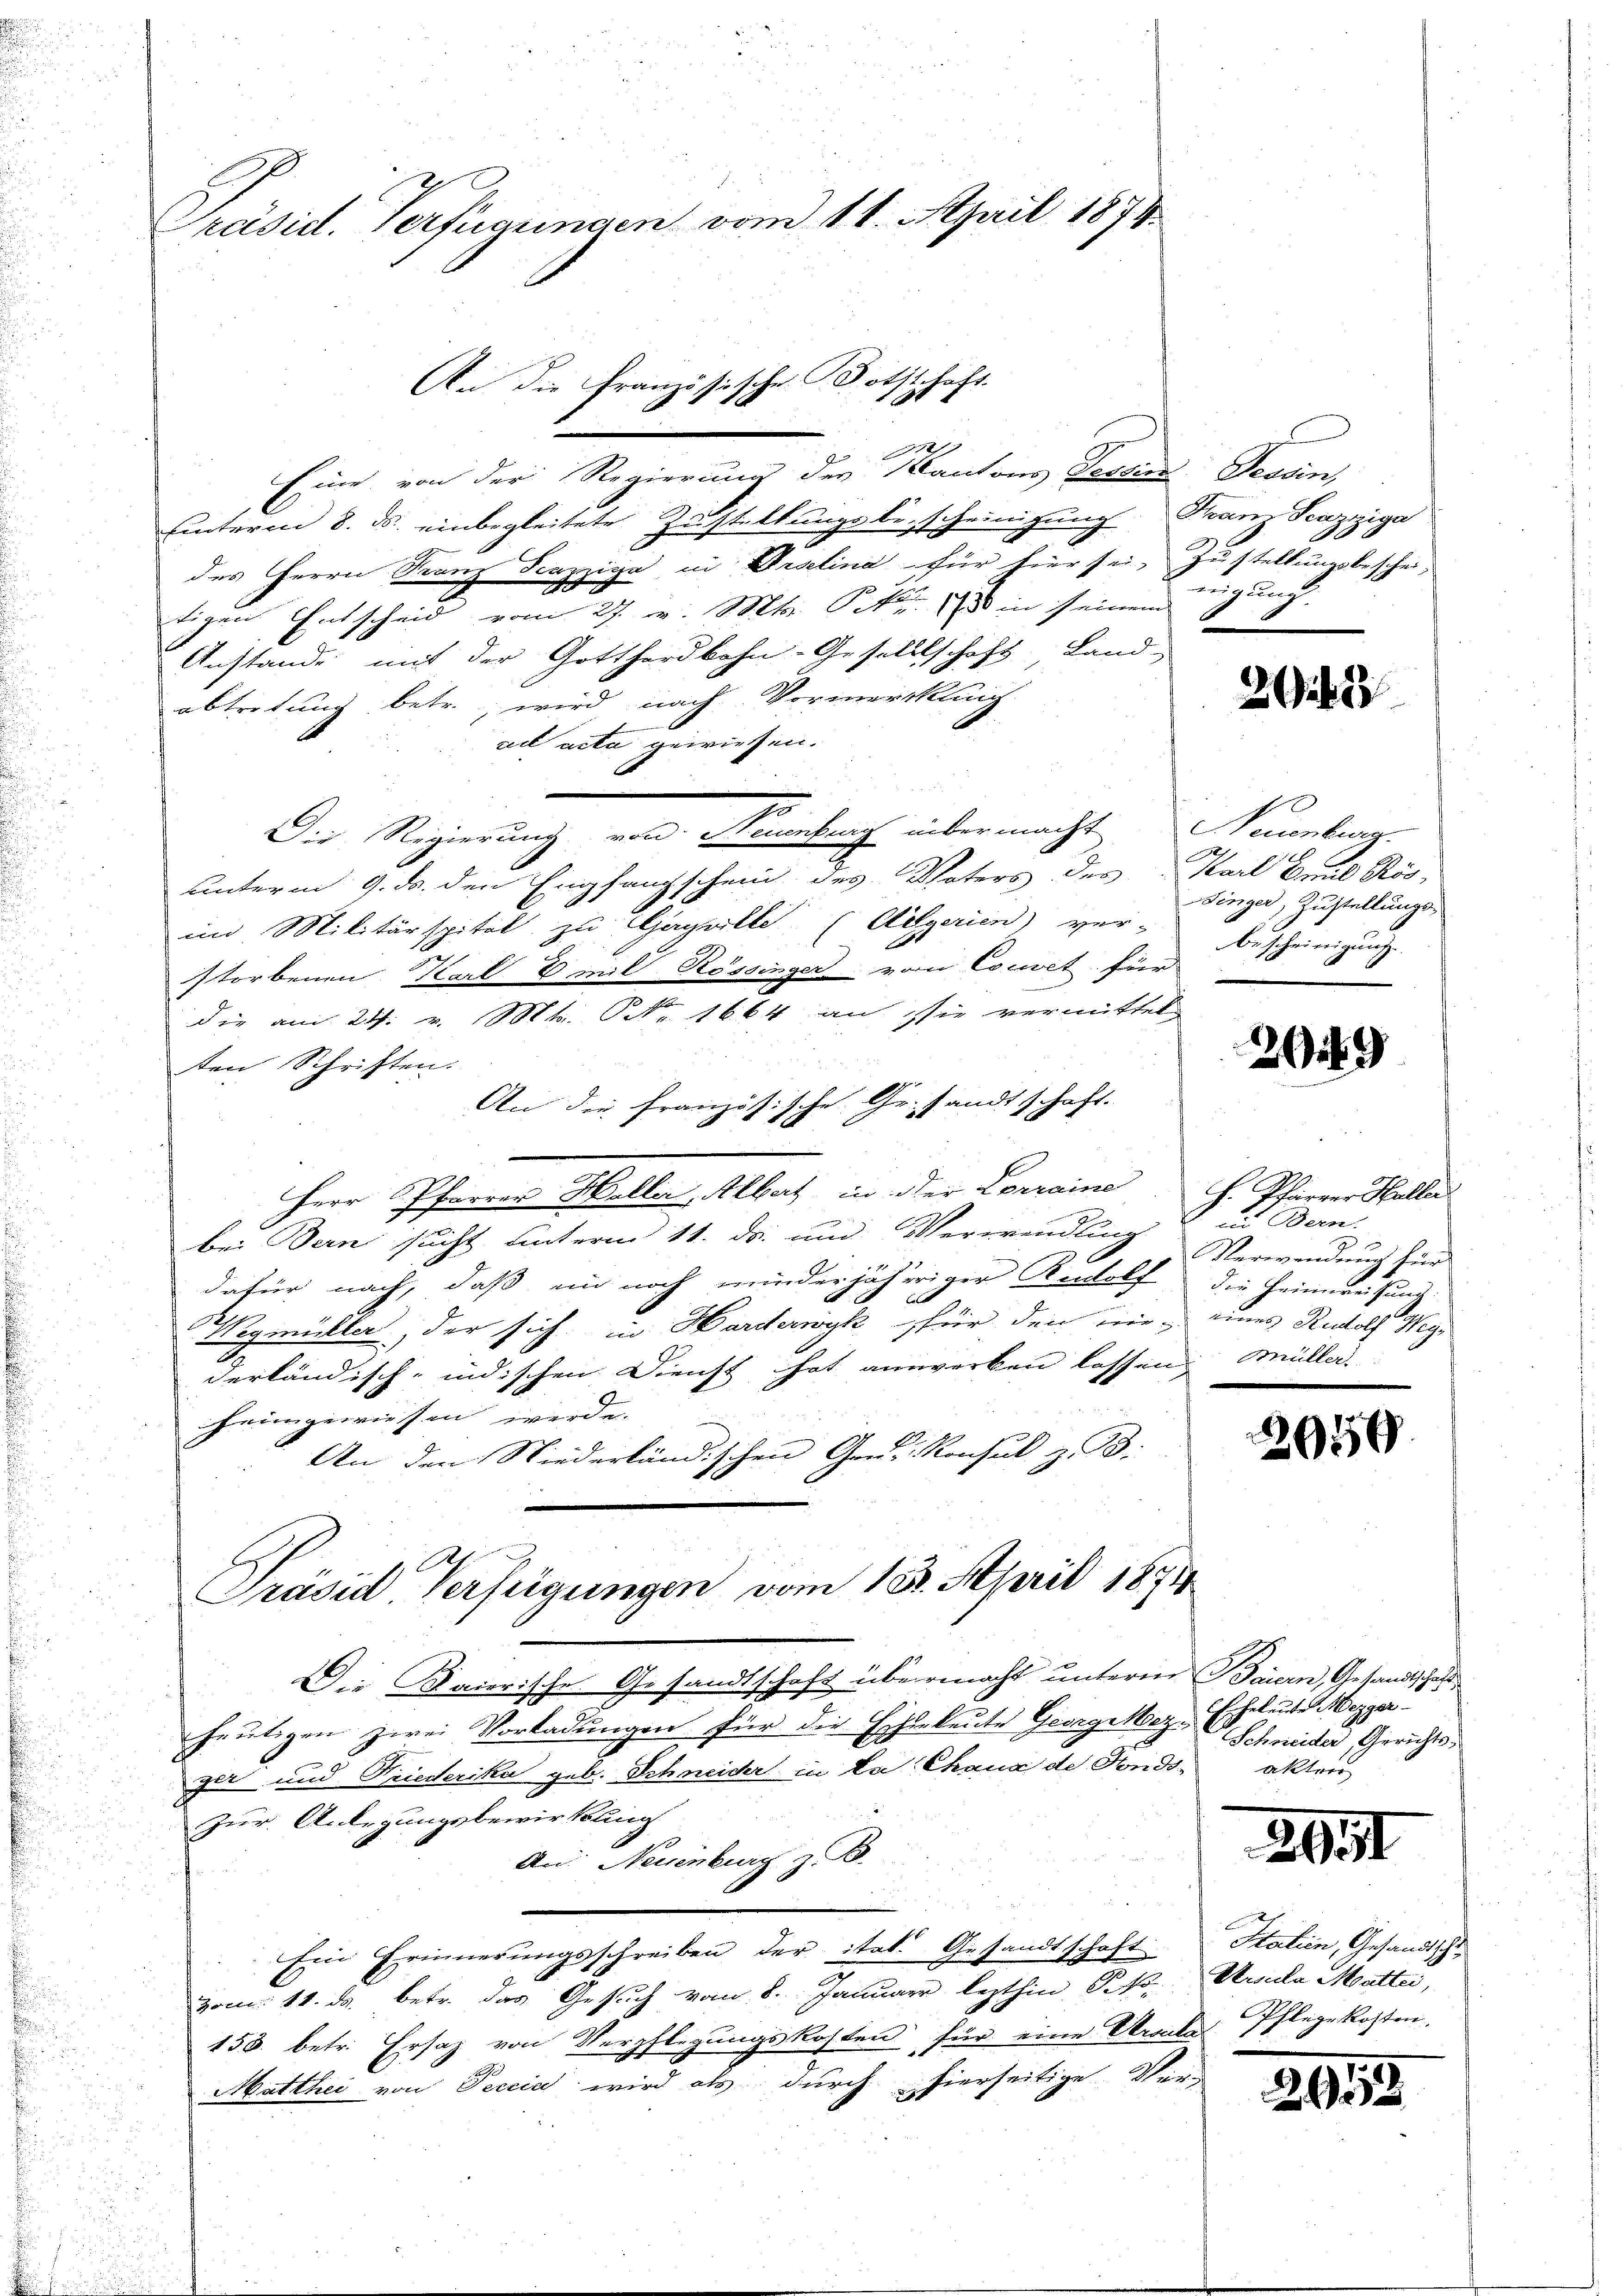
Präsid. Verfügungen vom 11. April 1874.

An die Französische Bothschaft.
Ich

Eine von der Regierung des Kantons Tessin Tessin,
unterm 8. ds. einbegleitete Zustellungsbescheinigung Tram Scazziga
des Herrn Franz Scazziga in Oeselina für hier sei, Zustellungsbeschei-
tigen Entscheid vom 27. v. Mts. Nov. 18 in seinem
Anstande mit der Gotthardbahn-Gesellschaft Landabtretung betr., wird nach Vormercklung
t
cet acta gewiesen.
.
Die Regierung von Neuenburg übermacht
unterm 9. ds. den Empfangschein des Vaters des Karl Brud Rös-
im Militärspital zu Gazalle (Aegerien) ver-
storbenen Karl 8 mit Rössinger vom Coevet für
die am 24. v. Mts. S. 1664 an sie vermittel
ten Schriften.
An die französische Gr. sandtschaft.
Herr Pfarrer Heller, Albert in der Lorraine. H. Pfarrer Haller
2
bei Bern sucht unterm 11. ds. und Verwandlung
dafür nach, daß in noch minderjähriger Rudolf die Heimreitung
l
Wegmüller, der sich in Harderwyk für den nie, eines Rudolf Wege
derländisch-indischen Dienst hat anwerken lassen. Müller,
heimgewiesen werde.
An den Niederländischen Gen. Konsul z. B.
e

Präsid Verfügungen vom 15. April 1874

Die Baierische Gesandtschaft übermacht unteren Baiern, Gesandtschaft
heutigen zwei Vorladungen für die Eheleute Georgehez Eheleute Mezgerger und Friederika geb. Schneider in La Chaux de Fonds¬
Zur Anlegungsbewirkung
An Neuenburg z. B.
Ein Erinnerungsschreiben der ital. Gesandtschaft
vom 11. ds. betr. das Gesuch vom 8. Januar lezthin Pkt. Ursula Matte,
158. betr. Ersatz von Verpflegŭngskosten für eine Urale Pflegekosten.
Matthei von Seccia wird als durch hierseitige Ver-

nigung
1

2163

Neuenburg.
h
Dinger, Zustellungsbescheinigung.

209

des Bern.
Verwendung für

2950

Schneider, Gerichtsakter

291

295

Italien, Gesandtscha